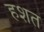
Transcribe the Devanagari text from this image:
हशत